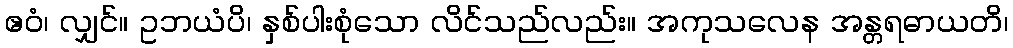
ဧဝံ၊ လျှင်။ ဥဘယံပိ၊ နှစ်ပါးစုံသော လိင်သည်လည်း။ အကုသလေန အန္တရဓာယတိ၊